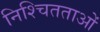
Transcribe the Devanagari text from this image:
निश्चितताओं